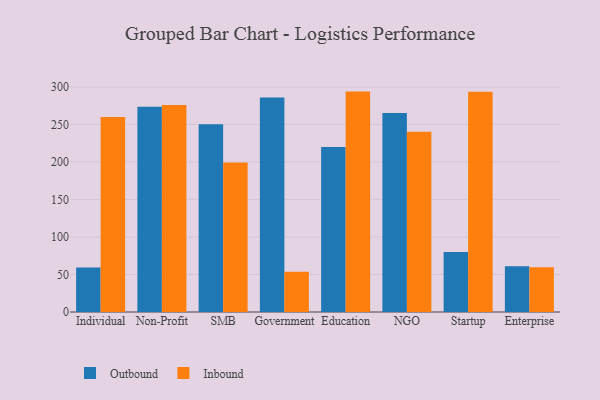
{"axis": {"x": "Segment", "y": "Satisfaction Score"}, "legend": ["Inbound", "Outbound"], "data": [{"x": "Individual", "y": 59.3, "type": "Outbound"}, {"x": "Individual", "y": 260.0, "type": "Inbound"}, {"x": "Non-Profit", "y": 273.7, "type": "Outbound"}, {"x": "Non-Profit", "y": 276.1, "type": "Inbound"}, {"x": "SMB", "y": 250.3, "type": "Outbound"}, {"x": "SMB", "y": 199.4, "type": "Inbound"}, {"x": "Government", "y": 285.9, "type": "Outbound"}, {"x": "Government", "y": 53.6, "type": "Inbound"}, {"x": "Education", "y": 219.8, "type": "Outbound"}, {"x": "Education", "y": 293.8, "type": "Inbound"}, {"x": "NGO", "y": 265.4, "type": "Outbound"}, {"x": "NGO", "y": 240.3, "type": "Inbound"}, {"x": "Startup", "y": 80.0, "type": "Outbound"}, {"x": "Startup", "y": 293.5, "type": "Inbound"}, {"x": "Enterprise", "y": 60.9, "type": "Outbound"}, {"x": "Enterprise", "y": 59.8, "type": "Inbound"}]}